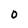
Character: O